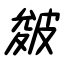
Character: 皴